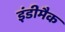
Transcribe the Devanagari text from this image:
इंडीमैक